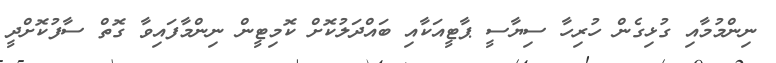
ނިންމުމާއި ގުޅިގެން ހުރިހާ ސިޔާސީ ޕާޓީއަކާއި ބައްދަލުކޮށް ކޮމިޓީން ނިންމާފައިވާ ގޮތް ސާފުކޮށްދީ